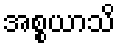
အစ္စယာသိ